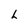
Character: L